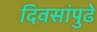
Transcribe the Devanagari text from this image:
दिवसांपुढे